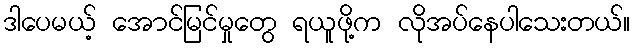
ဒါပေမယ့် အောင်မြင်မှုတွေ ရယူဖို့က လိုအပ်နေပါသေးတယ်။